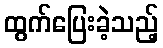
ထွက်ပြေးခဲ့သည့်